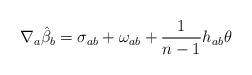
LaTeX: \begin{align*}\nabla_{a}\hat \beta_{b} = \sigma_{ab} + \omega_{ab} + \frac{1}{n-1}h_{ab}\theta\end{align*}